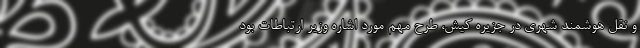
و نقل هوشمند شهری در جزیره کیش، طرح مهم مورد اشاره وزیر ارتباطات بود